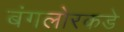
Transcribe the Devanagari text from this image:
बंगलोरकडे